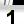
Digit: 1